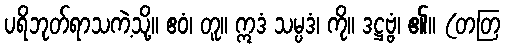
ပရိဘုတ်ရာသကဲ့သို့။ ဧဝံ၊ တူ။ ဣဒံ သမ္ပဒံ၊ ကို။ ဒဋ္ဌဗ္ဗံ၊ ၏။ (တတြ